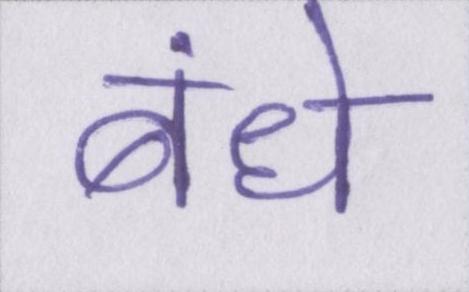
बंधे